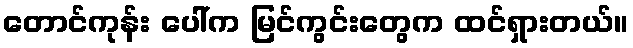
တောင်ကုန်း ပေါ်က မြင်ကွင်းတွေက ထင်ရှားတယ်။